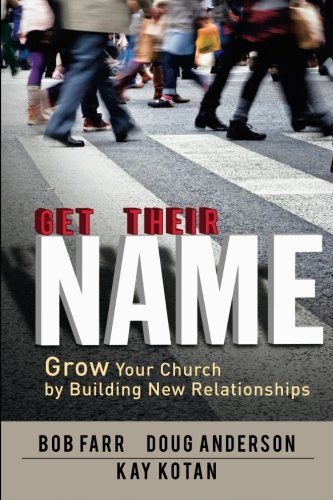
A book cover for Get Their Name: Grow Your Church by Building New Relationships; Bob Farr; Christian Books & Bibles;